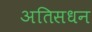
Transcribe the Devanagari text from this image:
अतिसधन